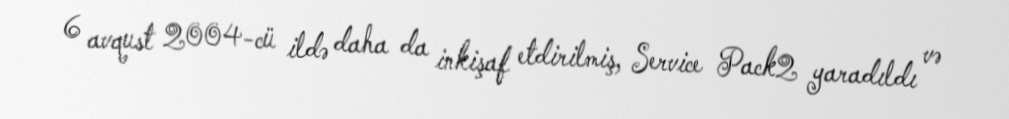
6 avqust 2004-cü ildə daha da inkişaf etdirilmiş, Service Pack2 yaradıldı və